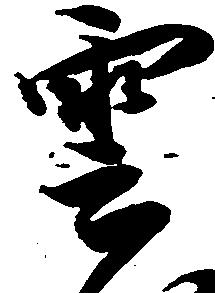
雲